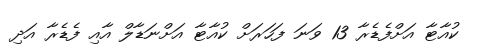
ކުއާޓާ އަށްފެޑެރާ 13 ވަނަ ފަހަރަށް ކުއާޓާ އަށްނަޑާލް އާއި ފެޑެރާ އަދި